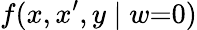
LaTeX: f(x,x^{\prime},y\mid w{=}0)